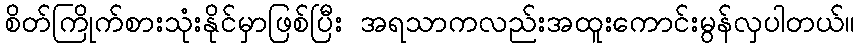
စိတ်ကြိုက်စားသုံးနိုင်မှာဖြစ်ပြီး အရသာကလည်းအထူးကောင်းမွန်လှပါတယ်။